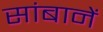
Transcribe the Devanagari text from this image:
सांबानें